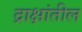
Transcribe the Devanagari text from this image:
द्राक्षांतील